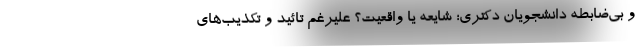
و بی‌ضابطه دانشجویان دکتری؛ شایعه یا واقعیت؟ علیرغم تائید و تکذیب‌های